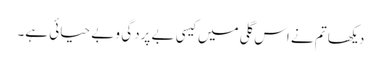
دیکھا تم نے اس گلی میں کیسی بے پردگی و بے حیائی ہے۔